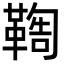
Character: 𩋺